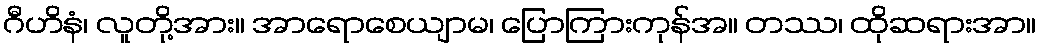
ဂီဟိနံ၊ လူတို့အား။ အာရောစေယျာမ၊ ပြောကြားကုန်အ။ တဿ၊ ထိုဆရားအာ။